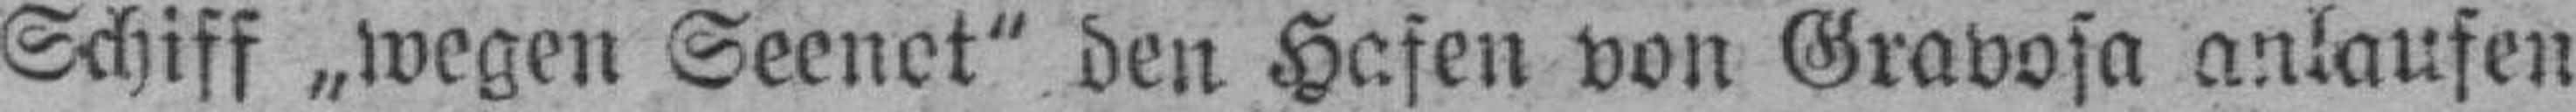
Schiff „wegen Seenot" den Hafen von Gravosa anlaufen